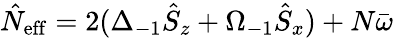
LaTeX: \hat{N}_{\mathrm{eff}}=2(\Delta_{-1}\hat{S}_{z}+\Omega_{-1}\hat{S}_{x})+N\bar{\omega}